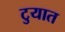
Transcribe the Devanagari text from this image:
टुयात